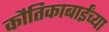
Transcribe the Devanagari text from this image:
कौतिकाबाईंच्या